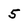
Character: 5